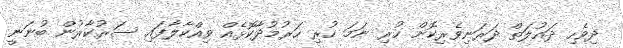
ދިވެހި ދައުލަތް ދަރަނިވެރިކޮށް ހުރި ނަމަ ހުރި ހަރުމުދާކޮޅެއް ވިއްކާލާފައި ސަރުކާރުން ބުނަނީ